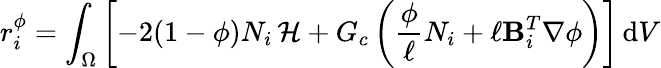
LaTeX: r_{i}^{\phi}=\int_{\Omega}\left[-2(1-\phi)N_{i}\left.\mathcal{H}\right.+G_{c}\left(\frac{\phi}{\ell}N_{i}+\ell\mathbf{B}_{i}^{T}\nabla\phi\right)\right]\, \mathrm{d}V